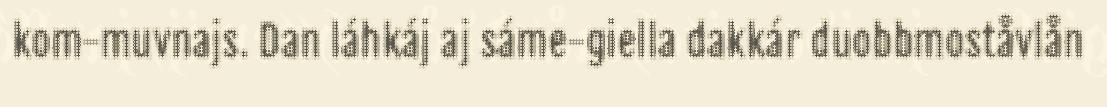
kom-muvnajs. Dan láhkáj aj sáme-giella dakkár duobbmoståvlån